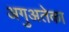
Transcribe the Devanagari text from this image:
अगुअतेका